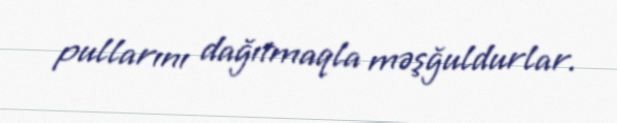
pullarını dağıtmaqla məşğuldurlar.